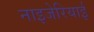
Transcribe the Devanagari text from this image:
नाइजेरियाई